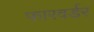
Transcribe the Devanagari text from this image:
फारवर्डर